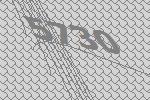
5730